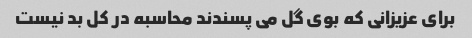
برای عزیزانی که بوی گل می پسندند محاسبه در کل بد نیست